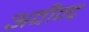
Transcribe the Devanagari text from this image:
अवीन्द्र